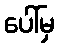
ပေါ်မှ